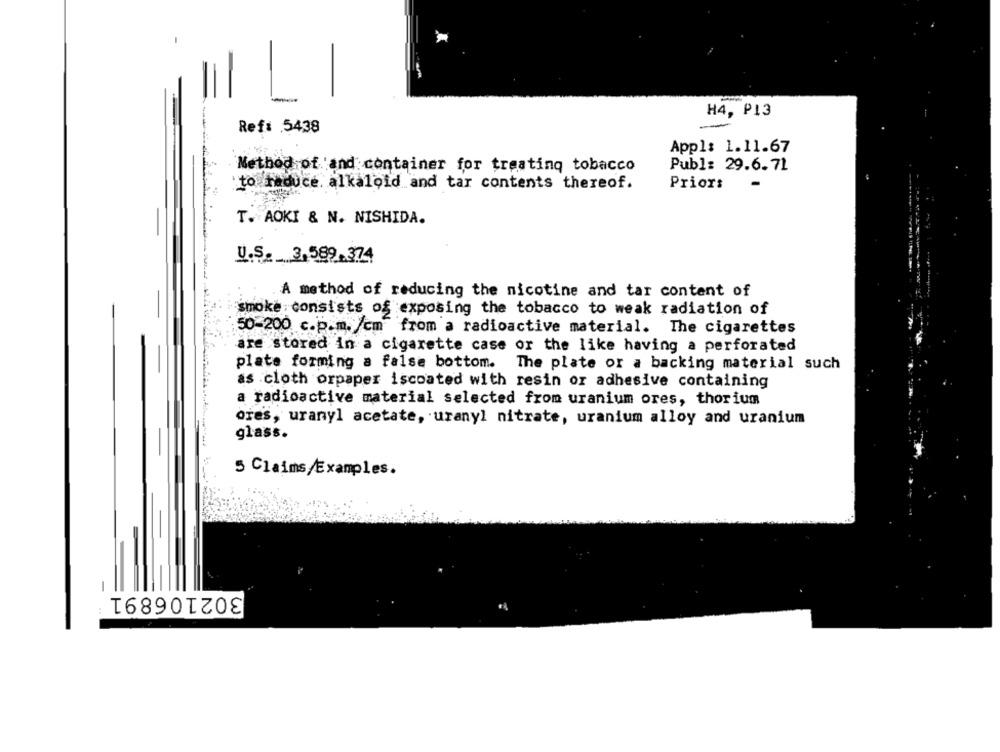
H4, P13
Ref: . 5438
Appl: 1.11.67
Method of and container for treating tobacco
Publ: 29.6.71
to reduce alkaloid and tar contents thereof.
Priors
T. AOKI & N. NISHIDA.
U.S. 3,589.374
A method of reducing the nicotine and tar content of
smoke consists of exposing the tobacco to weak radiation of
50-200 c.p.m./cm from a radioactive material. The cigarettes
are stored in a cigarette case or the like having a perforated
plate forming a false bottom. The plate or a backing material such
as cloth orpaper iscoated with resin or adhesive containing
a radioactive material selected from uranium ores, thorium
ores, uranyl acetate, uranyl nitrate, uranium alloy and uranium
glass.
5 Claims/Examples.
302106891